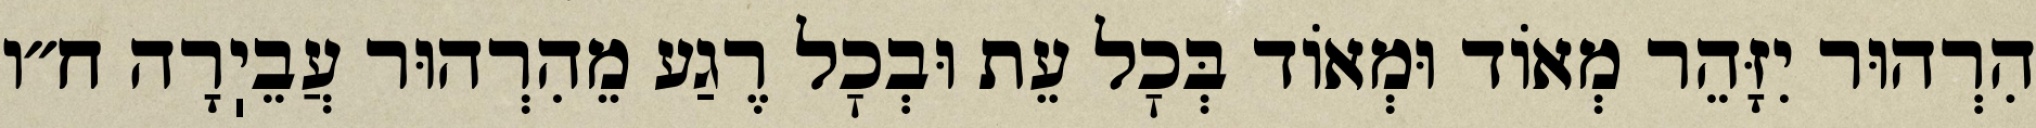
הִרְהוּר יִזָּהֵר מְאוֹד וּמְאוֹד בְּכׇל עֵת וּבְכׇל רֶגַע מֵהִרְהוּר עֲבֵיֽרָה ח״ו